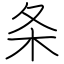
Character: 条